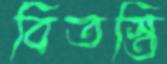
বিতস্তি